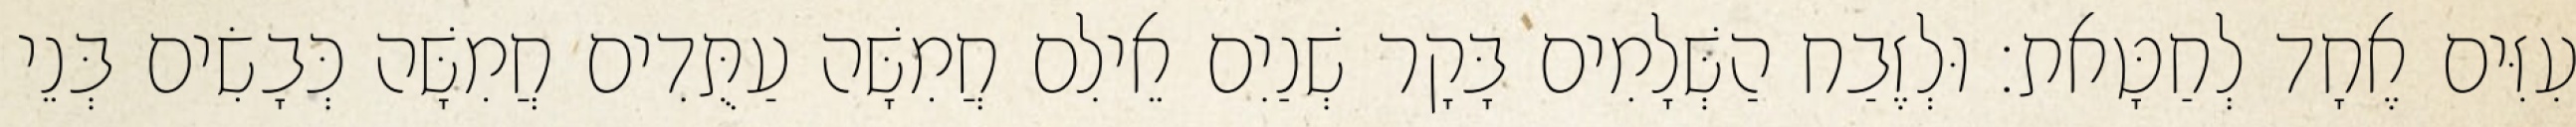
עִזִּים אֶחָד לְחַטָּאת׃ וּלְזֶבַח הַשְּׁלָמִים בָּקָר שְׁנַיִם אֵילִם חֲמִשָּׁה עַתֻּדִים חֲמִשָּׁה כְּבָשִׂים בְּנֵי